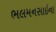
ભલમનસાઇના